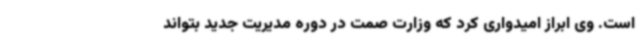
است. وی ابراز امیدواری کرد که وزارت صمت در دوره مدیریت جدید بتواند